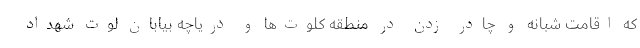
که اقامت شبانه و چادر زدن در منطقه کلوت‌ها و دریاچه بیابان لوت شهداد